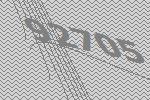
92705